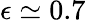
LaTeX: \epsilon\simeq 0.7